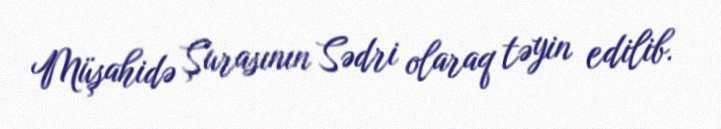
Müşahidə Şurasının Sədri olaraq təyin edilib.